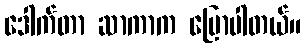
ဒေါက်တာ ဆာကာက ပြောပါတယ်။